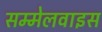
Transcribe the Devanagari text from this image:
सम्मेलवाइस